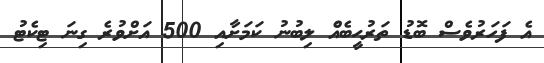
އެ ފަހަރުވެސް ބޮޑު ތަރުޙީބެއެް ލިބުނު ކަމަށާއި 500 އަށްވުރެ ގިނަ ޓިކެޓު